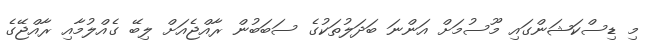
މި ޑިސްކަޝަންގައި މޫސުމަށް އަންނަ ބަދަލުތަކުގެ ސަބަބުން ރާއްޖެއަށް ލިބޭ ގެއްލުމާއި ރާއްޖޭގެ